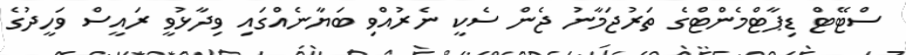
ސްޓޭޓް ޑިޕާޓްމެންޓްގެ ތަރުޖަމާނު ޖެން ސެކީ ނެރުއްވި ބަޔާނެއްގައި ވިދާޅުވީ ރައީސް ވަހީދުގެ